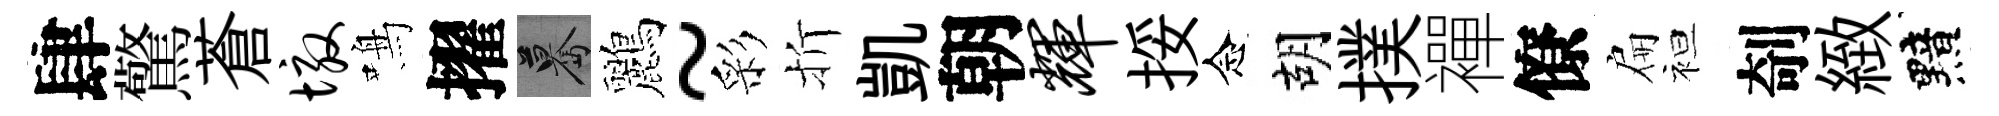
肆驚蒼墩鳴擢驀鸝~彩折凱朝辉挼念胡撲襌僚扁袒剞緻黯